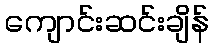
ကျောင်းဆင်းချိန်